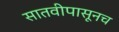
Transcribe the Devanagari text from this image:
सातवीपासूनच